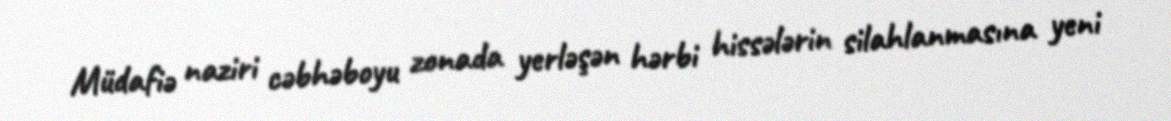
Müdafiə naziri cəbhəboyu zonada yerləşən hərbi hissələrin silahlanmasına yeni